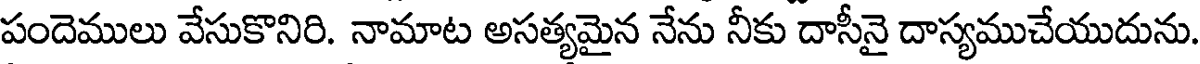
పందెములు వేసుకొనిరి. నామాట అసత్యమైన నేను నీకు దాసీనై దాస్యముచేయుదును